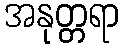
အနုတ္တရာ